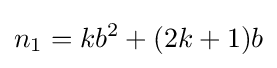
n_{1}=kb^{2}+(2k+1)b